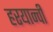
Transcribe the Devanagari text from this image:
हरयान्वी